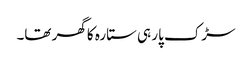
سڑک پار ہی ستارہ کا گھر تھا۔